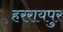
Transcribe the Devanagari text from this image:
हररायपुर